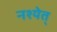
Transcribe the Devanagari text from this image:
नश्येत्